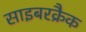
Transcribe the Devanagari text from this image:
साइबरक्रैक